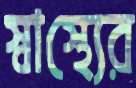
স্বাস্থ্যের